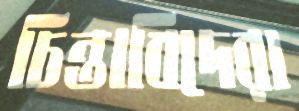
চিন্তাবিদেরা